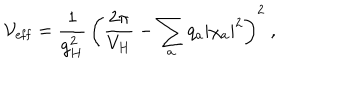
{ \cal V } _ { \mathrm { e f f } } = { \frac { 1 } { g _ { H } ^ { 2 } } } \, \bigg ( { \frac { 2 \pi } { V _ { H } } } - \sum _ { a } q _ { a } | \chi _ { a } | ^ { 2 } \bigg ) ^ { 2 } \ ,